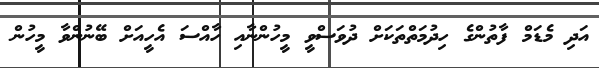
އަދި މެޑަމް ފާތުންގެ ހިދުމަތްތަކަށް ދުވަސްވީ މީހުންނާއި ހާއްސަ އެހީއަށް ބޭނުންވާ މީހުން